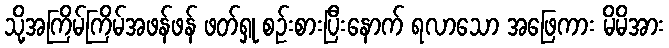
သို့အကြိမ်ကြိမ်အဖန်ဖန် ဖတ်ရှု စဉ်းစားပြီးနောက် ရလာသော အဖြေကား မိမိအား